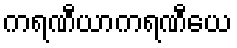
ကရဏီယာကရဏီယေ